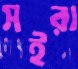
সইরা